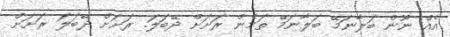
އެއް ނޫން ބަލާނަމޭ ބަލާނަމޭ ތަމެން ރަށަށް ދޭބަލަ. ރަށަށް ދޭބަލަ ރަށަށް